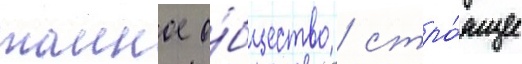
таиное о́бщество / стро́ящее